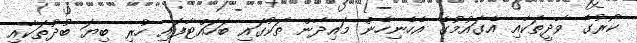
ކޯރުގެ ވާދީތަކާއި އެގައުމުގެ އެހެނިހެން މައިދާން ތަކުގައި ބަހައްޓާފައި ހުރި ބިޔަ ބުދުތަކާއި